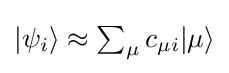
{\textstyle |\psi _{i}\rangle \approx \sum _{\mu }c_{\mu i}|\mu \rangle }